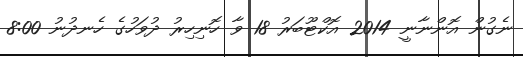
ނެގުން އޮންނާނީ 2014 އޮކްޓޫބަރު 18 ވާ ހޮނިހިރު ދުވަހުގެ ހެނދުނު 8:00